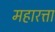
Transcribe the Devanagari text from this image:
महारत्ता